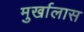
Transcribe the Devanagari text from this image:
मुर्खालास